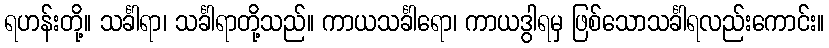
ရဟန်းတို့။ သင်္ခါရာ၊ သင်္ခါရာတို့သည်။ ကာယသင်္ခါရော၊ ကာယဒွါရမှ ဖြစ်သောသင်္ခါရလည်းကောင်း။